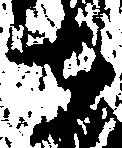
在